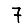
Digit: 7